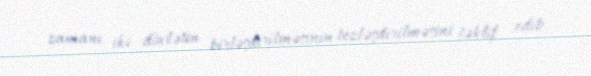
zamanı iki dövlətin birləşdirilməsinin tezləşdirilməsini təklif edib.